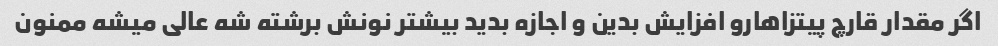
اگر مقدار قارچ پیتزاهارو افزایش بدین و اجازه بدید بیشتر نونش برشته شه عالی میشه ممنون